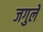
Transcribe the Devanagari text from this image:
जगुले